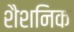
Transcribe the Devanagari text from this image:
शैशनिक